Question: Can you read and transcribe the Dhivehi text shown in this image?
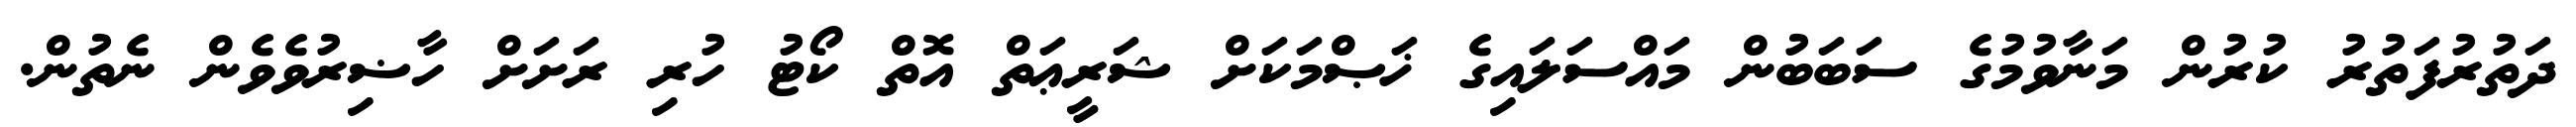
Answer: ދަތުރުފަތުރު ކުރުން މަނާވުމުގެ ސަބަބުން މައްސަލައިގެ ޚަޞްމަކަށް ޝަރީޢަތް އޮތް ކޯޓު ހުރި ރަށަށް ހާޟިރުވެވެން ނެތުން.